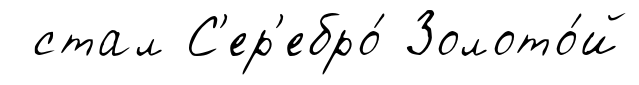
стал С'ер'ебро́ Золото́й